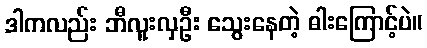
ဒါကလည်း ဘီလူးလှဦး သွေးနေတဲ့ ဓါးကြောင့်ပဲ။